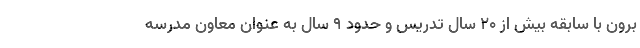
برون با سابقه بیش از ۲۰ سال تدریس و حدود ۹ سال به عنوان معاون مدرسه